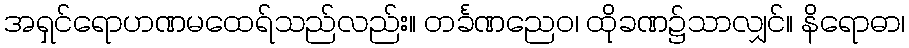
အရှင်ရောဟဏမထေရ်သည်လည်း။ တင်္ခဏညေဝ၊ ထိုခဏ၌သာလျှင်။ နိရောဓာ၊